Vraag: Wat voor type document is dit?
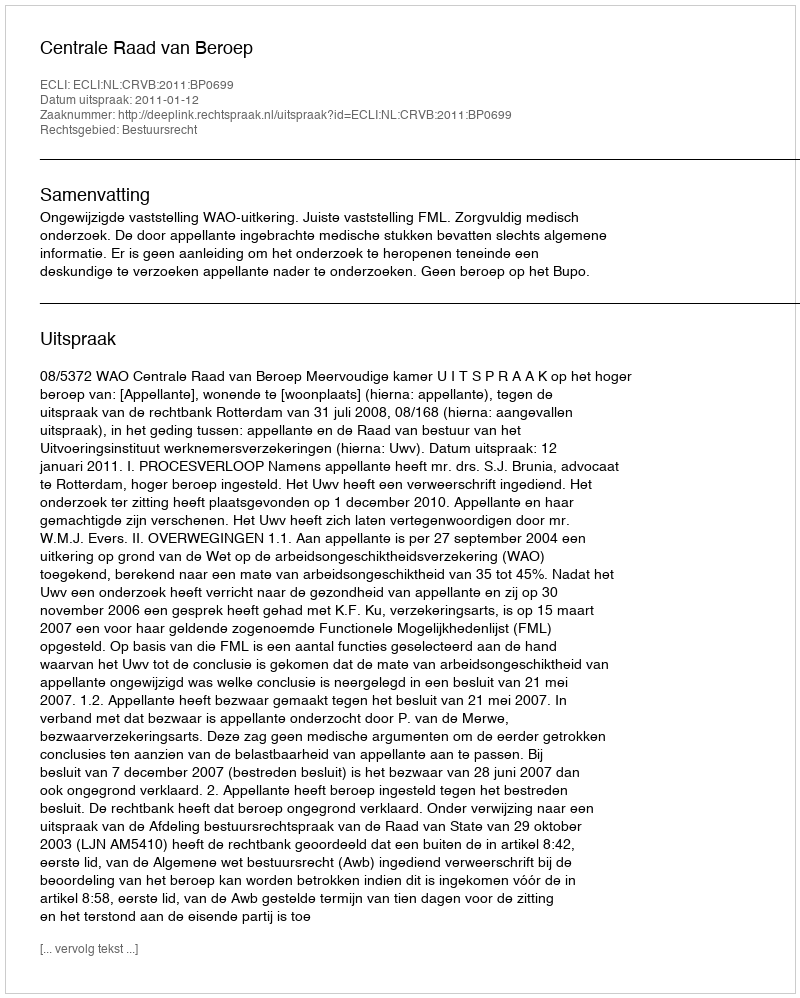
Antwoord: Uitspraak